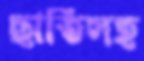
ছাতিসহ